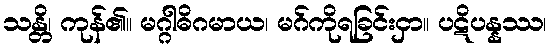
သန္တိ၊ ကုန်၏။ မဂ္ဂါဓိဂမာယ၊ မဂ်ကိုရခြင်းငှာ။ ပဋိပန္နဿ၊